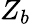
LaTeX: Z_{b}